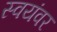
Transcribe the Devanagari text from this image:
स्‍वयंवर